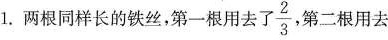
1.两根同样长的铁丝。第一根用去了 $$\frac{2}{3}$$ 第二根用去了